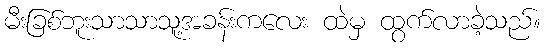
မီးခြစ်ဘူးသာသာသူ့အခန်းကလေး ထဲမှ ထွက်လာခဲ့သည်။